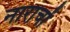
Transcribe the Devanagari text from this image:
नाराचों